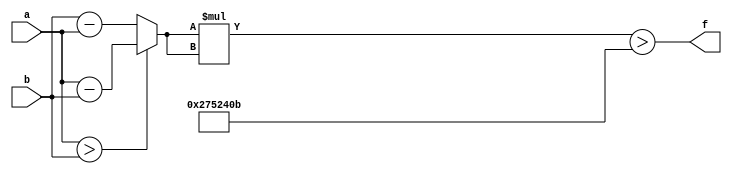
module maxse_mit(a, b, f);
parameter _bit = 18;
parameter maxse = 41231371;
input [_bit - 1: 0] a;
input [_bit - 1: 0] b;
output f;
wire [_bit - 1: 0] diff;
wire [_bit * 2 - 1: 0] se;
assign diff = (a > b)? (a - b): (b - a);
assign se = diff * diff;
assign f = (se > maxse);
endmodule